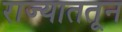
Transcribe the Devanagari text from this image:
राज्याततून